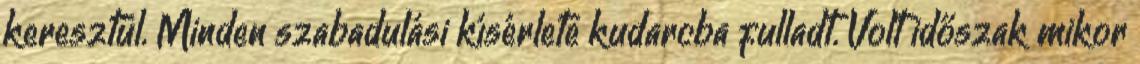
keresztül. Minden szabadulási kísérlete kudarcba fulladt. Volt időszak mikor